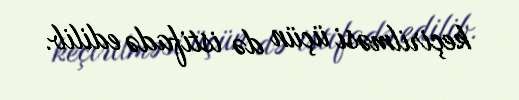
keçirilməsi üçün də istifadə edilib.